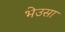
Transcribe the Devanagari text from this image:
भेउसा